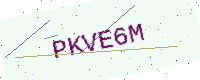
Text: PKVE6M